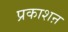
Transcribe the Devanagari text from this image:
प्रकाशऩ